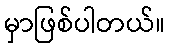
မှာဖြစ်ပါတယ်။